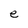
Character: e